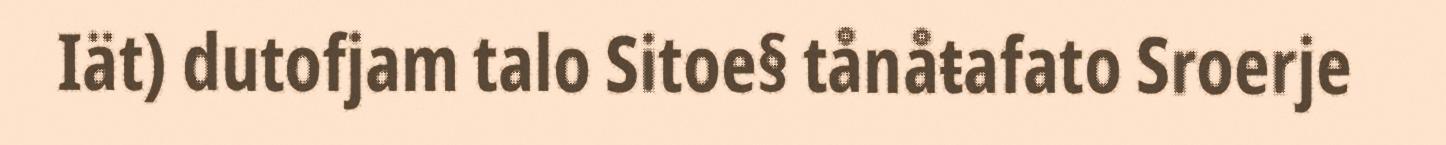
Iät) dutofjam talo Sitoe§ tånåŧafato Sroerje